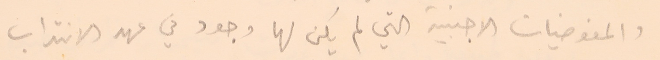
والمفوضيات الاجنبية التي لم يكن لها وجود في عهد الانتداب